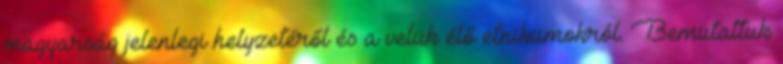
magyarság jelenlegi helyzetéről és a velük élő etnikumokról. Bemutattuk